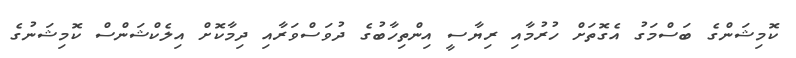
ކޮމިޝަންގެ ބަސްމަގު އެގޮތަށް ހުރުމާއި ރިޔާސީ އިންތިހާބުގެ ދުވަސްވަރާއި ދިމާކޮށް އިލެކްޝަންސް ކޮމިޝަނުގެ